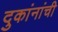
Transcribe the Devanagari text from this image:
दुकांनांची